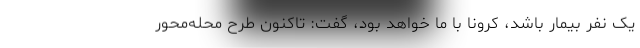
یک نفر بیمار باشد، کرونا با ما خواهد بود، گفت: تاکنون طرح محله‌محور